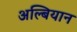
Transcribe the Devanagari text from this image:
अल्बियान